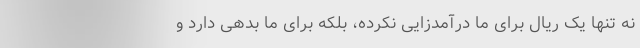
نه تنها یک ریال برای ما درآمدزایی نکرده، بلکه برای ما بدهی دارد و